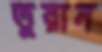
তুরান